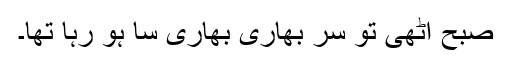
صبح اٹھی تو سر بھاری بھاری سا ہو رہا تھا۔